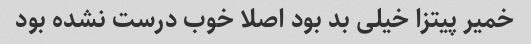
خمیر پیتزا خیلی بد بود اصلا خوب درست نشده بود